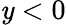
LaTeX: \mathit{y}<0